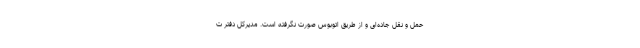
حمل و نقل جاده‌ای و از طریق اتوبوس صورت نگرفته است. مدیرکل دفتر ت